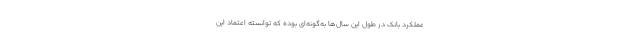
عملکرد بانک در طول این سال‌ها به‌گونه‌ای بوده که توانسته اعتماد این